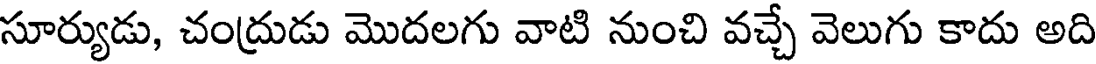
సూర్యుడు, చంద్రుడు మొదలగు వాటి నుంచి వచ్చే వెలుగు కాదు అది